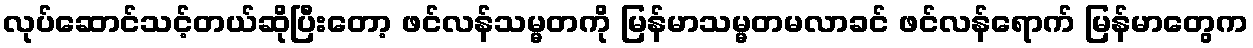
လုပ်ဆောင်သင့်တယ်ဆိုပြီးတော့ ဖင်လန်သမ္မတကို မြန်မာသမ္မတမလာခင် ဖင်လန်ရောက် မြန်မာတွေက